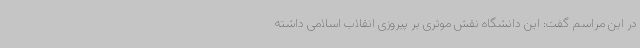
در این مراسم گفت: این دانشگاه نقش موثری بر پیروزی انقلاب اسلامی داشته